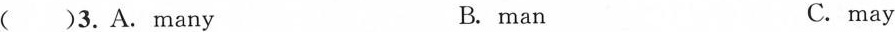
( )3.A. many B. man C.may